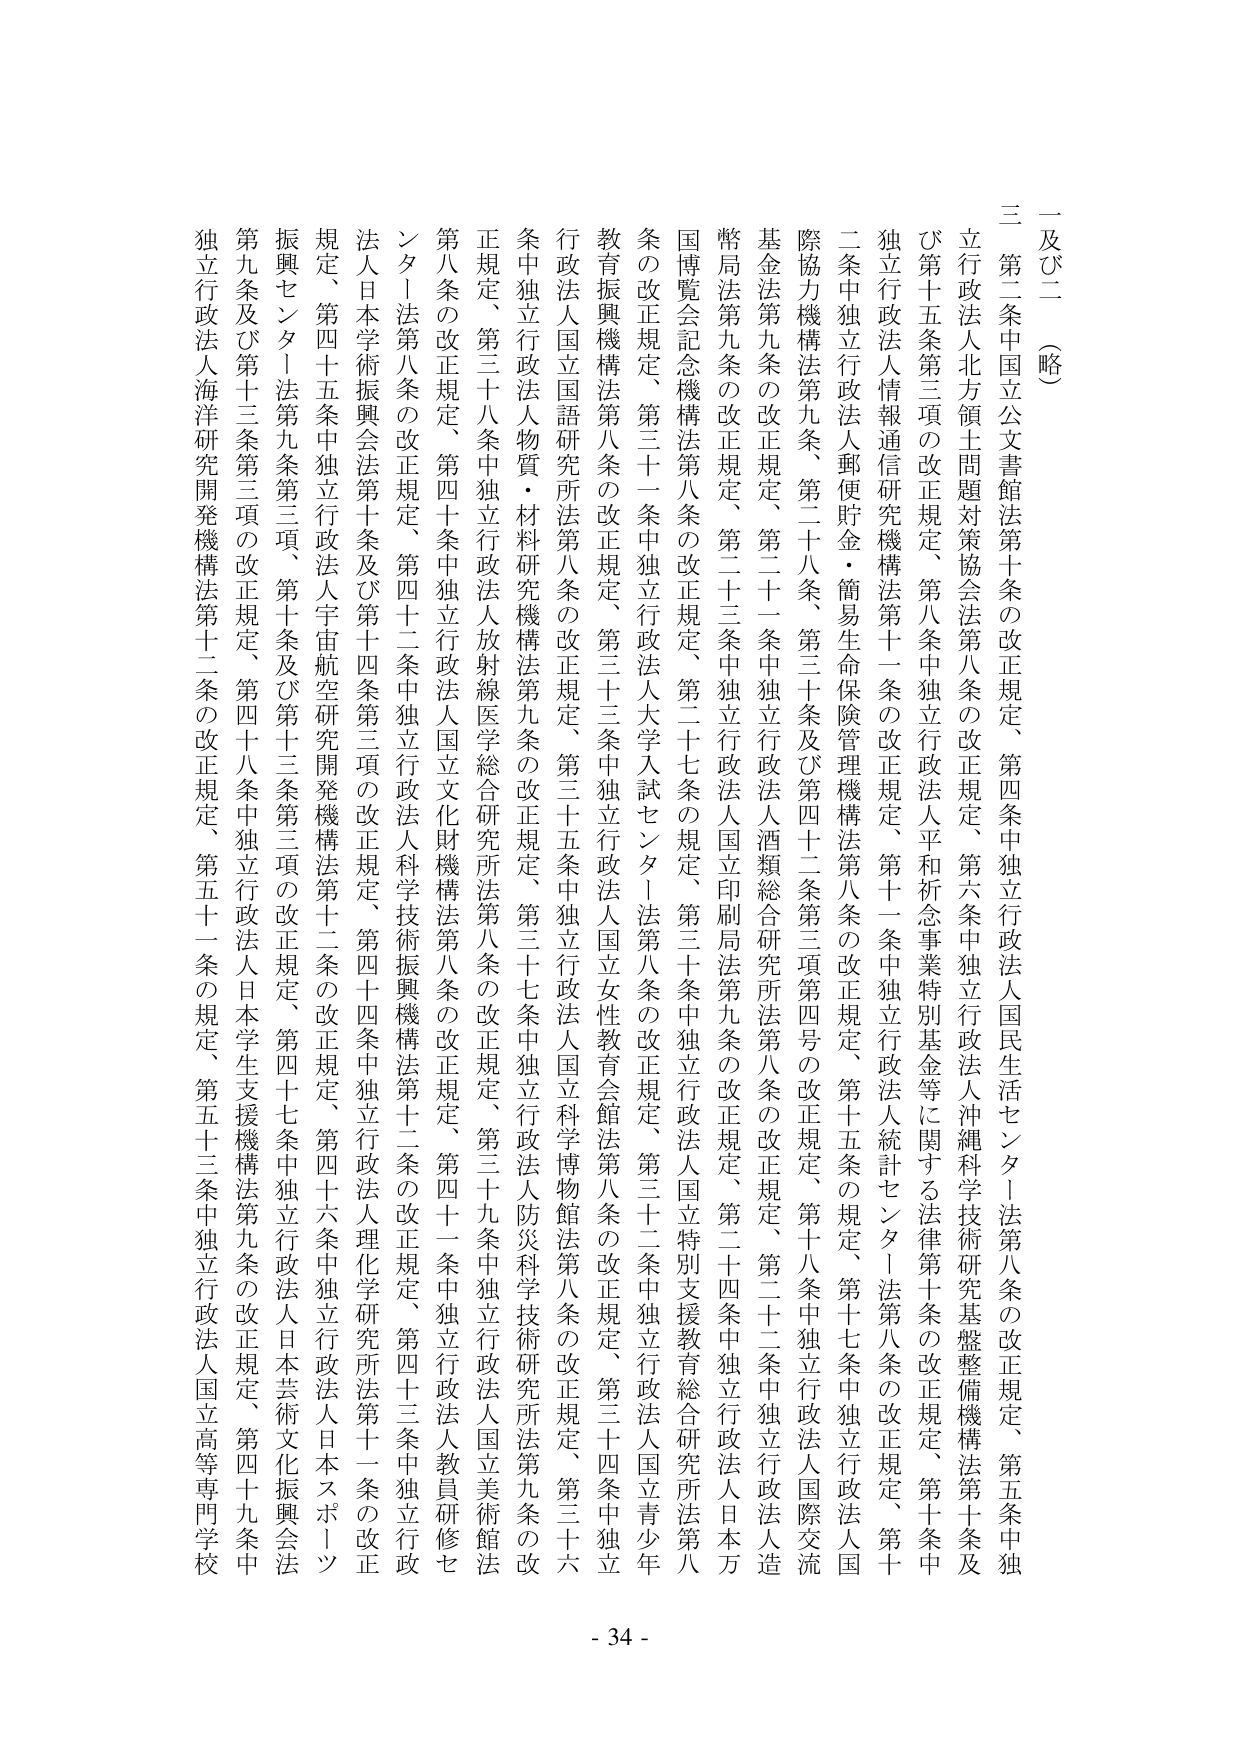
一及び二（略）

三　第二条中国立公文書館法第十条の改正規定、第四条中独立行政法人国民生活センター法第八条の改正規定、第五条中独立行政法人北方領土問題対策協会法第八条の改正規定、第六条中独立行政法人沖縄科学技術研究基盤整備機構法第十条及び第十五条第三項の改正規定、第八条中独立行政法人平和祈念事業特別基金等に関する法律第十条の改正規定、第十条中独立行政法人情報通信研究機構法第十一条の改正規定、第十一条中独立行政法人統計センター法第八条の改正規定、第十二条中独立行政法人郵便貯金・簡易生命保険管理機構法第八条の改正規定、第十五条の規定、第十七条中独立行政法人国際協力機構法第九条、第二十八条、第三十条及び第四十二条第三項第四号の改正規定、第十八条中独立行政法人国際交流基金法第九条の改正規定、第二十一条中独立行政法人酒類総合研究所法第八条の改正規定、第二十二条中独立行政法人造幣局法第九条の改正規定、第二十三条中独立行政法人国立印刷局法第九条の改正規定、第二十四条中独立行政法人日本万国博覧会記念機構法第八条の改正規定、第二十七条の規定、第三十条中独立行政法人国立特別支援教育総合研究所法第八条の改正規定、第三十一条中独立行政法人大学入試センター法第八条の改正規定、第三十二条中独立行政法人国立青少年教育振興機構法第八条の改正規定、第三十三条中独立行政法人国立女性教育会館法第八条の改正規定、第三十四条中独立行政法人国立国語研究所法第八条の改正規定、第三十五条中独立行政法人国立科学博物館法第八条の改正規定、第三十六条中独立行政法人人物質・材料研究機構法第九条の改正規定、第三十七条中独立行政法人防災科学技術研究所法第九条の改正規定、第三十八条中独立行政法人放射線医学総合研究所法第八条の改正規定、第三十九条中独立行政法人国立美術館法第八条の改正規定、第四十条中独立行政法人国立文化財機構法第八条の改正規定、第四十一条中独立行政法人教員研修センター法第八条の改正規定、第四十二条中独立行政法人科学技術振興機構法第十二条の改正規定、第四十三条中独立行政法人日本学術振興会法第十条及び第十四条第三項の改正規定、第四十四条中独立行政法人理化学研究所法第十一条の改正規定、第四十五条中独立行政法人宇宙航空研究開発機構法第十二条の改正規定、第四十六条中独立行政法人日本スポーツ振興センター法第九条第三項、第十条及び第十三条第三項の改正規定、第四十七条中独立行政法人日本芸術文化振興会法第九条及び第十三条第三項の改正規定、第四十八条中独立行政法人日本学生支援機構法第九条の改正規定、第四十九条中独立行政法人海洋研究開発機構法第十二条の改正規定、第五十一条の規定、第五十三条中独立行政法人国立高等専門学校

- 34 -